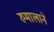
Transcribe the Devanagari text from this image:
रुमालाने